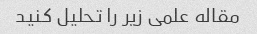
مقاله علمی زیر را تحلیل کنید